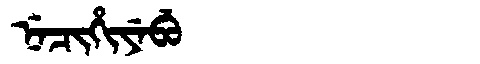
Manchu: ᠨᡝᠴᡳᡥᡳᠶᡝᠪᡠ
Romanization: NECIHIYEBU